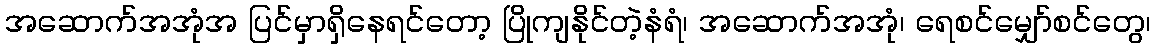
အဆောက်အအုံအ ပြင်မှာရှိနေရင်တော့ ပြိုကျနိုင်တဲ့နံရံ၊ အဆောက်အအုံ၊ ရေစင်မျှော်စင်တွေ၊